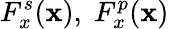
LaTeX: F_{x}^{s}(\mathbf{x}),\; F_{x}^{p}(\mathbf{x})